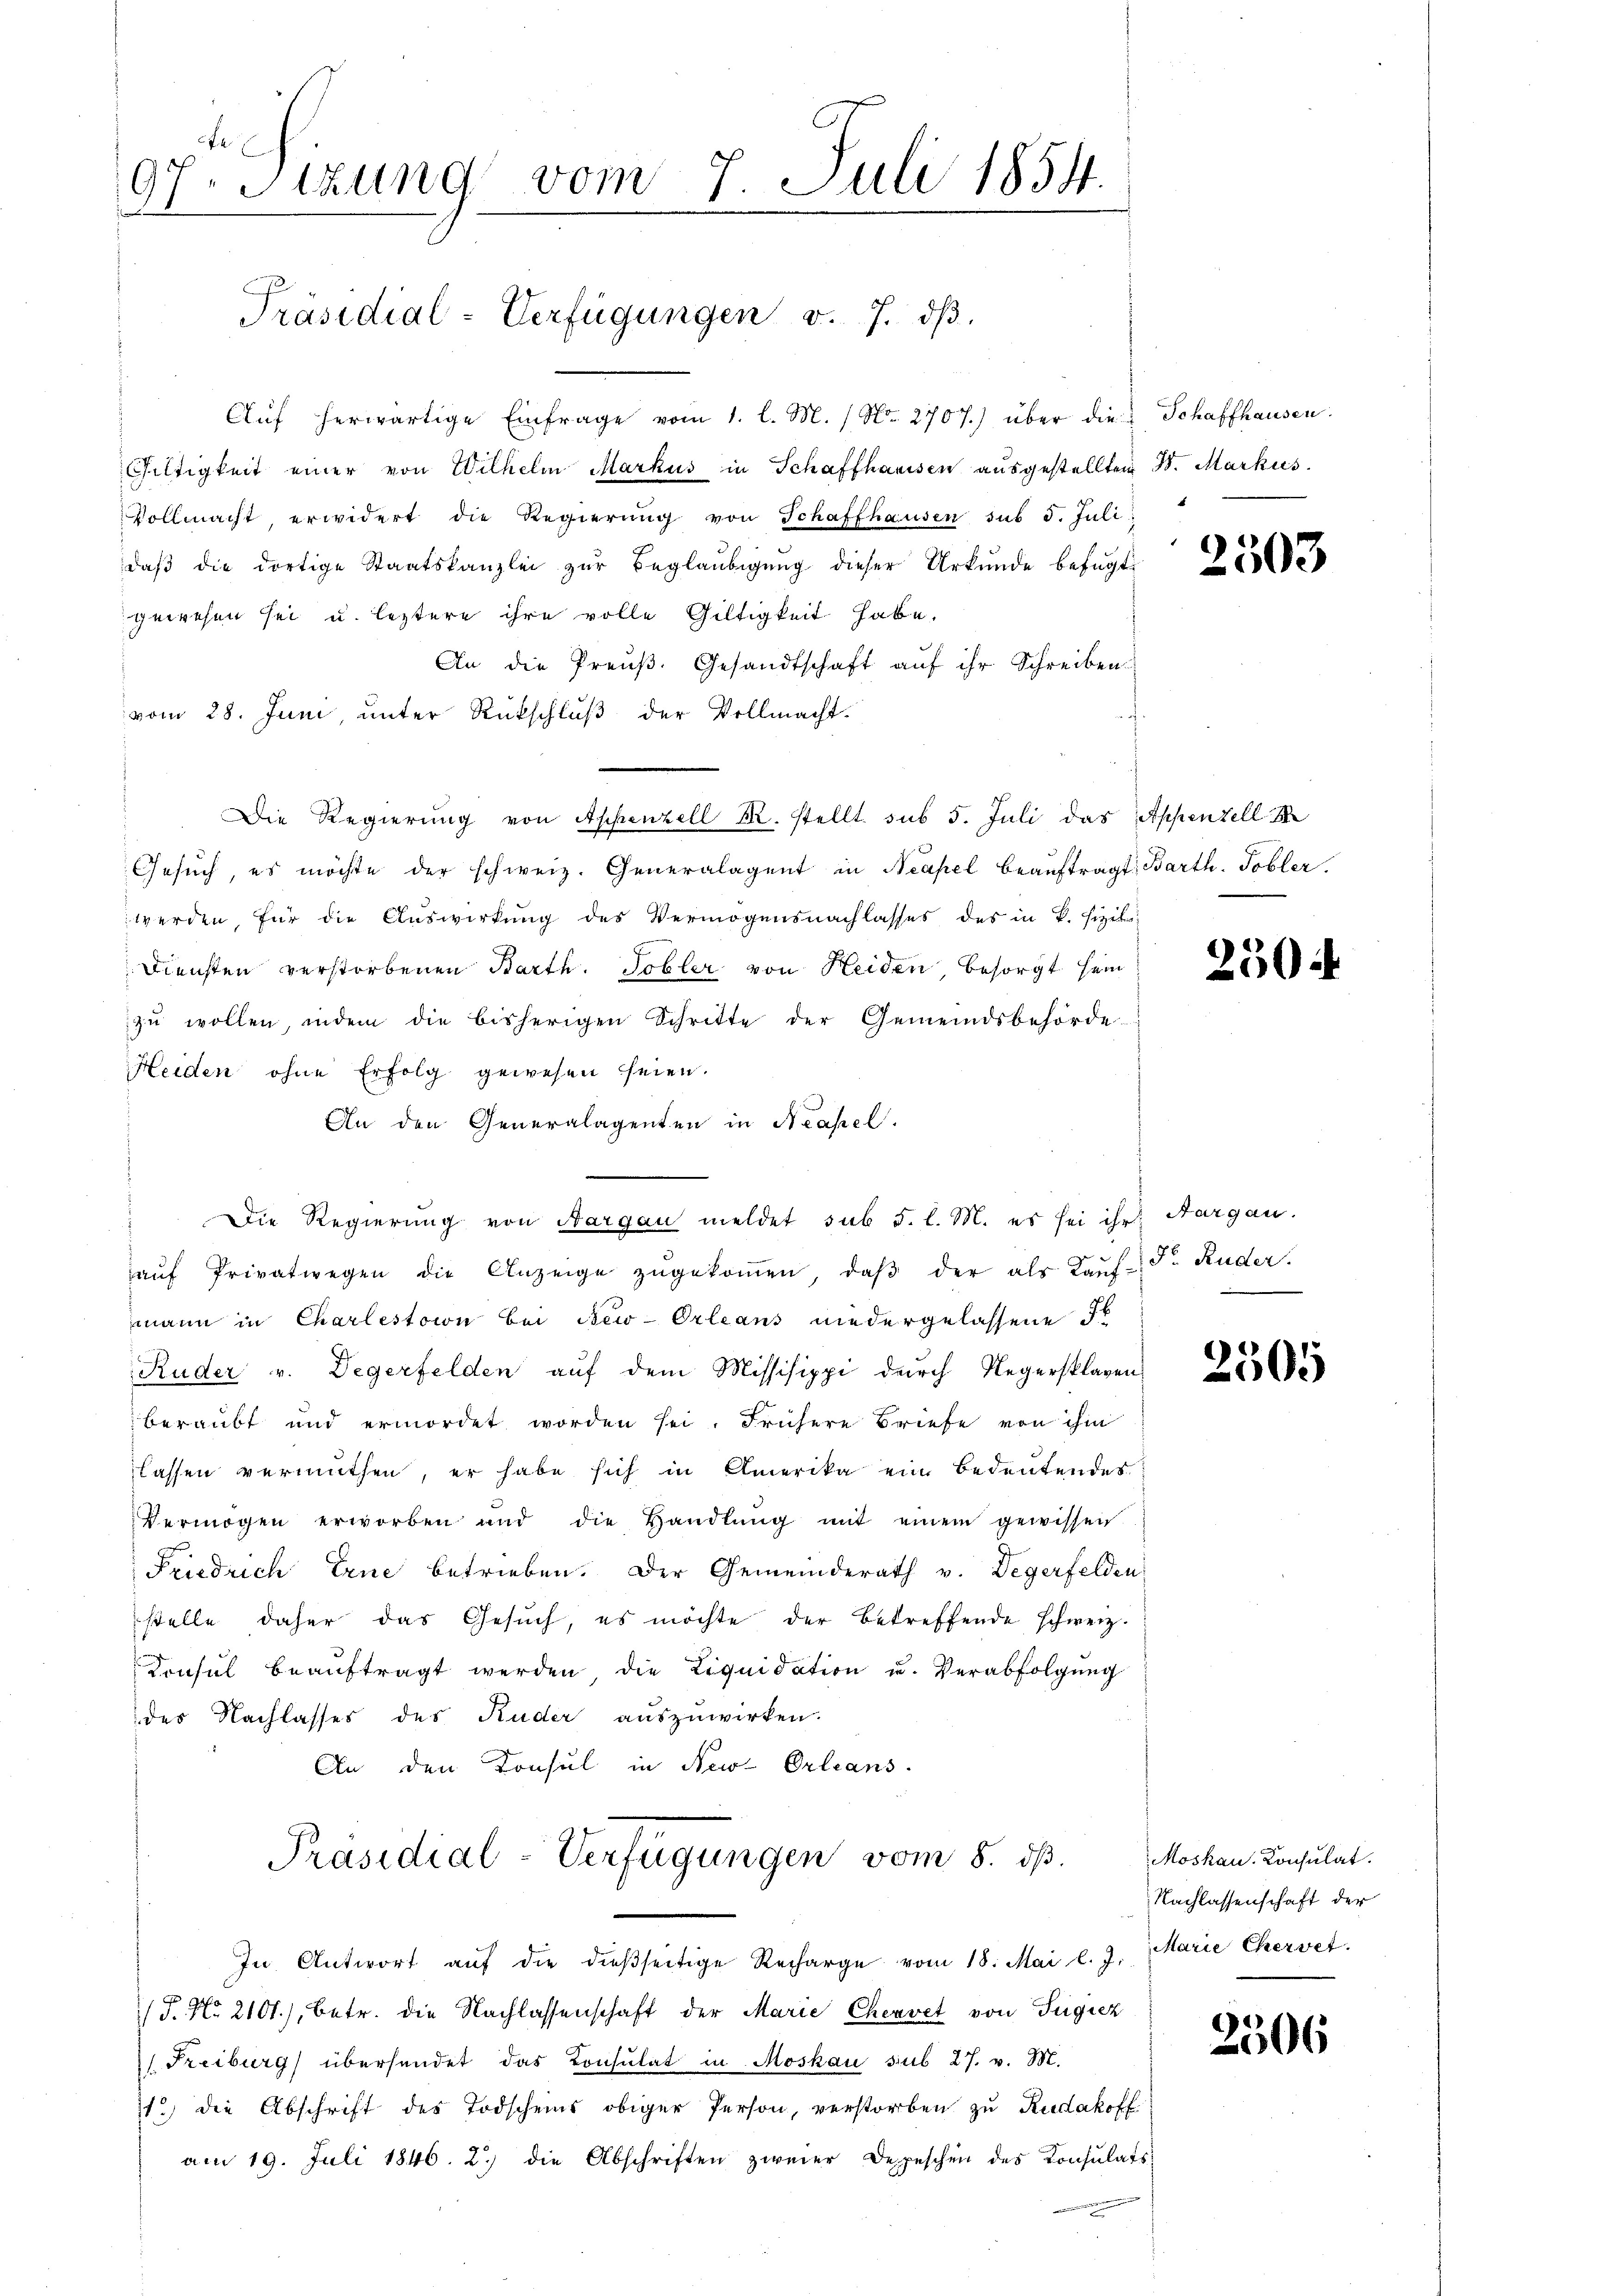
e
7. Sitzung vom 7. Juli 1854.
1
Präsidial-Verfügungen v. J. dβ.

Aŭf herwärtige Einfrage vom 1. l. M. / No. 2707.) über die Schaffhausen.
Gültigkeit einer von Wilhelm Markus in Schaffhausen ausgestellten d. Markus
Vollmacht, erwidert die Regierŭng von Schaffhausen sub 5. Juli:
daβ die dortige Staatskanzlei zŭr Beglaubigung dieser Urkunde befügt:
gewesen sei u. leztere ihre volle Gültigkeit habe.
An die Preŭβ. Gesandtschaft aŭf ihr Schreiben
vom 28. Juni, unter Rückschluß der Vollmacht.
Die Regierung von Appenzell M. stellt sub 5. Juli das Appenzell A.
Gesuch, es möchte der schweiz. Generalagent in Neapel beaŭftragt: Barth. Tobler.
werden, für die Auswirkung des Vermögensnachlasses des in K. fizit
Diensten verstorbenen Barth. Tobler von Heiden besorgt sein,
zŭ wollen, indem die bisherigen Schritte der Gemeindsbehörde-
Heiden ohne Erfolg gewesen seien.
An den Generalagenten in Neapel.
"Die Regierung von Aargau meldet sub 5. l. M. es sei ihr Aargau.
aŭf Privatwegen die Anzeige zŭgekoṁen, daβ der als Kaŭf- F. Ruder.
mann in Charlestion bei New-Orleans niedergelassene F
Ruder v. Degerfelden auf dem Missisippi durch Negersklagen
beraubt und ermordet worden sei. Frühere Briefe von ihm
lassen vermuthen, er habe sich in Amerika ein Bedeutendes
Vermögen erworben und die Handlŭng mit einem gewissen
Friedrich Erne betrieben. Der Gemeinderath v. Degerfelden
stelle daher das Gesŭch, es möchte der betreffende schweiz.
Konsul beaŭftragt werden die Liquidation u. Verabfolgŭng
des Nachlasses des Ruder auszuwirken.
An den Konsul in New-Orleans
Präsidial-Verfügungen vom 8. ds.
In Antwort aŭf die dießseitige Recharge vom 18. Mai l. J. Marie Chervet.
/F. No. 2101), betr. die Nachlassenschaft der Marie Chervet von Fügiez
 Freiburg übersendet das Consulat in Moskau sub 27. v. M.
1.) die Abschrift des Todscheins obiger Person, verstorben zu Rudakoff
am 19. Juli 1846. 2.) die Abschriften zweier Depeschen des Konsulats

2503

2504

2505

Moskau Konsulat.
Nachlassenschaft der

2306